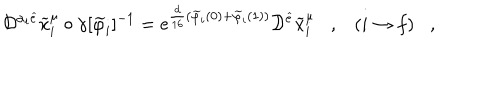
LaTeX: { \cal D } ^ { \alpha _ { i } \widehat { e } } \widetilde { x } _ { i } ^ { \mu } \circ \gamma [ \widetilde { \varphi } _ { i } ] ^ { - 1 } = \mathrm { e } ^ { \frac { d } { 1 6 } ( \widetilde { \varphi } _ { i } ( 0 ) + \widetilde { \varphi } _ { i } ( 1 ) ) } { \cal D } ^ { \widehat { e } } \widetilde { x } _ { i } ^ { \mu } , ( i \rightarrow f ) ,